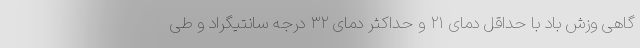
گاهی وزش باد با حداقل دمای ۲۱ و حداکثر دمای ۳۲ درجه سانتیگراد و طی